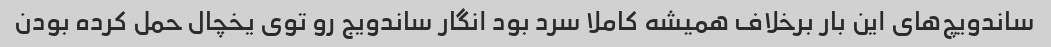
ساندویچ‌های این بار برخلاف همیشه کاملا سرد بود انگار ساندویج رو توی یخچال حمل کرده بودن